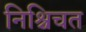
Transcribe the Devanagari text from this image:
निश्चिचत